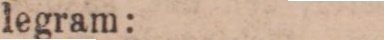
legram: